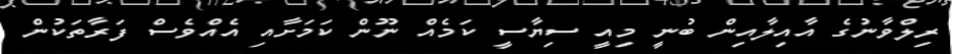
ރިލްވާނުގެ އާއިލާއިން ބުނީ މިއީ ސިޔާސީ ކަމެއް ނޫން ކަމަށާއި އެއްވެސް ފަރާތަކުން